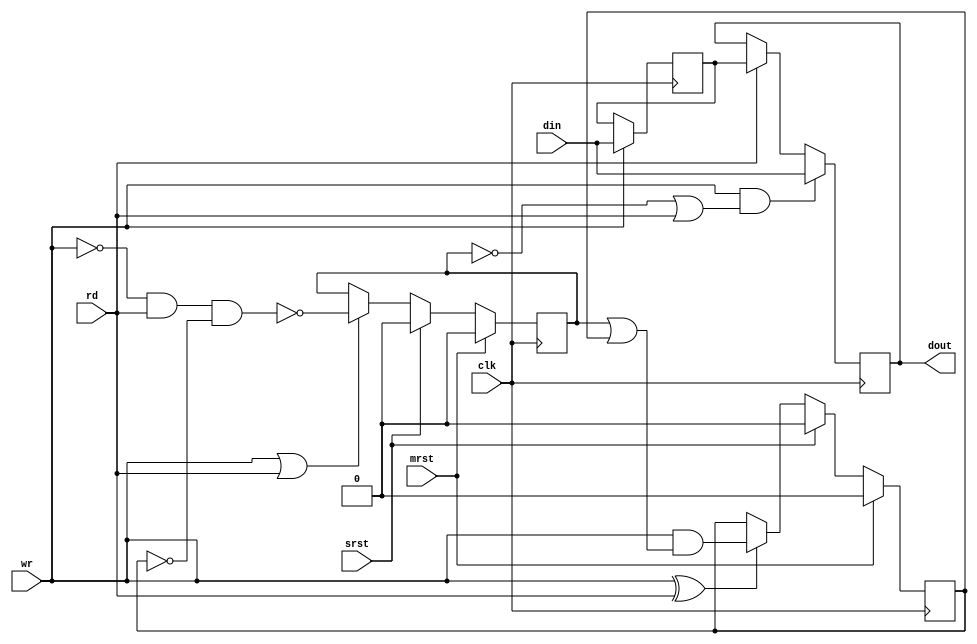
/*!
 * <b>Module:</b>fifo_2regs
 * @file fifo_2regs.v
 * @date 2015-02-17  
 * @author Andrey Filippov     
 *
 * @brief Simple two-register FIFO, no over/under check,
 * behaves correctly only for correct inputs
 *
 * @copyright Copyright (c) 2015 Elphel, Inc.
 *
 * <b>License:</b>
 *
 * fifo_2regs.v is free software; you can redistribute it and/or modify
 * it under the terms of the GNU General Public License as published by
 * the Free Software Foundation, either version 3 of the License, or
 * (at your option) any later version.
 *
 *  fifo_2regs.v is distributed in the hope that it will be useful,
 * but WITHOUT ANY WARRANTY; without even the implied warranty of
 * MERCHANTABILITY or FITNESS FOR A PARTICULAR PURPOSE.  See the
 * GNU General Public License for more details.
 *
 * You should have received a copy of the GNU General Public License
 * along with this program.  If not, see <http://www.gnu.org/licenses/> .
 *
 * Additional permission under GNU GPL version 3 section 7:
 * If you modify this Program, or any covered work, by linking or combining it
 * with independent modules provided by the FPGA vendor only (this permission
 * does not extend to any 3-rd party modules, "soft cores" or macros) under
 * different license terms solely for the purpose of generating binary "bitstream"
 * files and/or simulating the code, the copyright holders of this Program give
 * you the right to distribute the covered work without those independent modules
 * as long as the source code for them is available from the FPGA vendor free of
 * charge, and there is no dependence on any encrypted modules for simulating of
 * the combined code. This permission applies to you if the distributed code
 * contains all the components and scripts required to completely simulate it
 * with at least one of the Free Software programs.
 */
`timescale 1ns/1ps

module  fifo_2regs #(
    parameter WIDTH =16)
     (
     input              mrst,
     input              clk,
     input  [WIDTH-1:0] din,
     input              wr,
     input              rd,
     input              srst,
     output [WIDTH-1:0] dout
);
    reg              full_out;
    reg              full_in;
    reg  [WIDTH-1:0] reg_out;
    reg  [WIDTH-1:0] reg_in;
    
    assign dout=reg_out;
    always @ (posedge clk) begin
        if      (mrst)     full_out <=0;
        else if (srst)     full_out <=0;
        else if (wr || rd) full_out <= !(!wr && rd && !full_in);
        
        if      (mrst)     full_in <=0;
        else if (srst)     full_in <=0;
        else if (wr ^rd)   full_in <= wr && (full_out || full_in);
    end
    always @ (posedge clk) begin
        if (wr)                      reg_in <=  din;
        
        if (wr && (!full_out || rd)) reg_out <=  din;
        else if (rd)                 reg_out <=  reg_in;
    end

endmodule